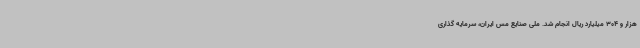
هزار و 304 میلیارد ریال انجام شد. ملی صنایع مس ایران، سرمایه گذاری